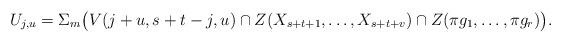
LaTeX: \begin{align*} U_{j,u} =\Sigma_{m} \big(V(j+u,s+t-j,u) \cap Z( X_{s+t+1},\dots, X_{s+t+v} ) \cap Z(\pi g_{1},\dots,\pi g_{r} )\big).\end{align*}